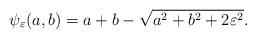
LaTeX: \begin{align*}\psi_{\varepsilon}(a,b)=a+b-\sqrt{a^2+b^2+2\varepsilon^2}.\end{align*}